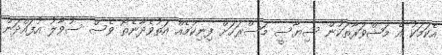
އެކަމަކު އެ މަޝްވަރާތަކުން ސިޔާސީ މަސްރަހަށް ފިނިކަމެއް އަތުވެދާނެތޯ ވެސް ސުވާލު އުފައްދަން